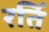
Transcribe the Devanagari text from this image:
रतिं